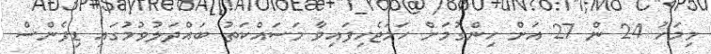
މިމަހު 24 ން 27 އަށް ހިންގުމަށް ހަމަޖެހިފައިވާ މަސައްކަތު ބައްދަލުވުމުގައި ޑިފެންސް